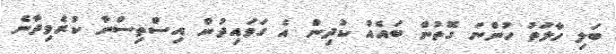
ބަލި ހާލަތު ހުންނަ ގޮތުން ބައެއް ކުދިން އެ ގަވައިދުން އިސްތިސްނާ ކުރެވިދާނެ